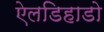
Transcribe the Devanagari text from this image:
ऐलडिहाडो